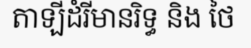
តាឡីដំរីមានរិទ្ធ និង ថៃ